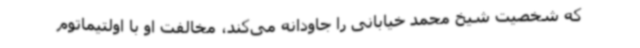
که شخصیت شیخ محمد خیابانی را جاودانه می‌کند، مخالفت او با اولتیماتوم